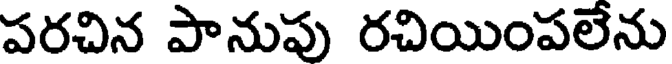
పరచిన పానుపు రచియింపలేను